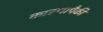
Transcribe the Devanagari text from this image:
कारणापैकी